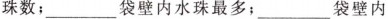
珠数；___袋壁内水珠最多；___袋壁内